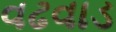
વઢવાડ